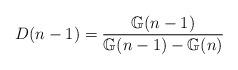
LaTeX: \begin{align*}D(n-1)= \frac{\mathbb{G}(n-1)}{\mathbb{G}(n-1)-\mathbb{G}(n)} \end{align*}